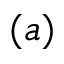
( a )